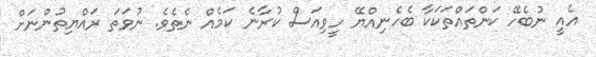
އެއީ ނުބެހޭ ކަންތައްތަކަކާ ބެހެނިއްޔޭ ހީވިއަސް ކުރާނެ ކަމެއް ނެތެވެ. ނުވަތަ ރައްޔިތުންނަށް